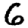
Digit: 6